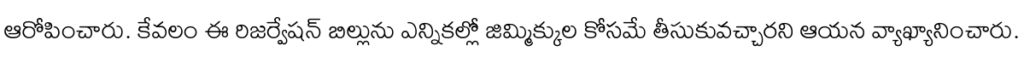
ఆరోపించారు. కేవలం ఈ రిజర్వేషన్ బిల్లును ఎన్నికల్లో జిమ్మిక్కుల కోసమే తీసుకువచ్చారని ఆయన వ్యాఖ్యానించారు.